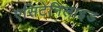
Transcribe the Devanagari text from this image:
एसिटेनिलाइड